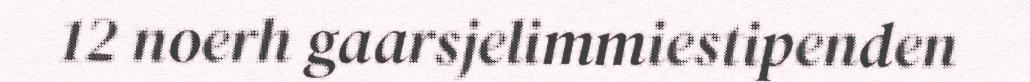
12 noerh gaarsjelimmiestipenden